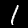
Digit: 1